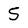
Character: 5